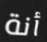
أنة